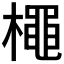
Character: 𭬌